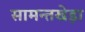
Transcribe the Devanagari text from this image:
सामन्तखेड़ा